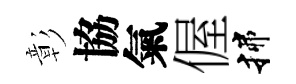
彰協氣偓揲